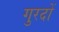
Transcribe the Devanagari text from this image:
गुरदों